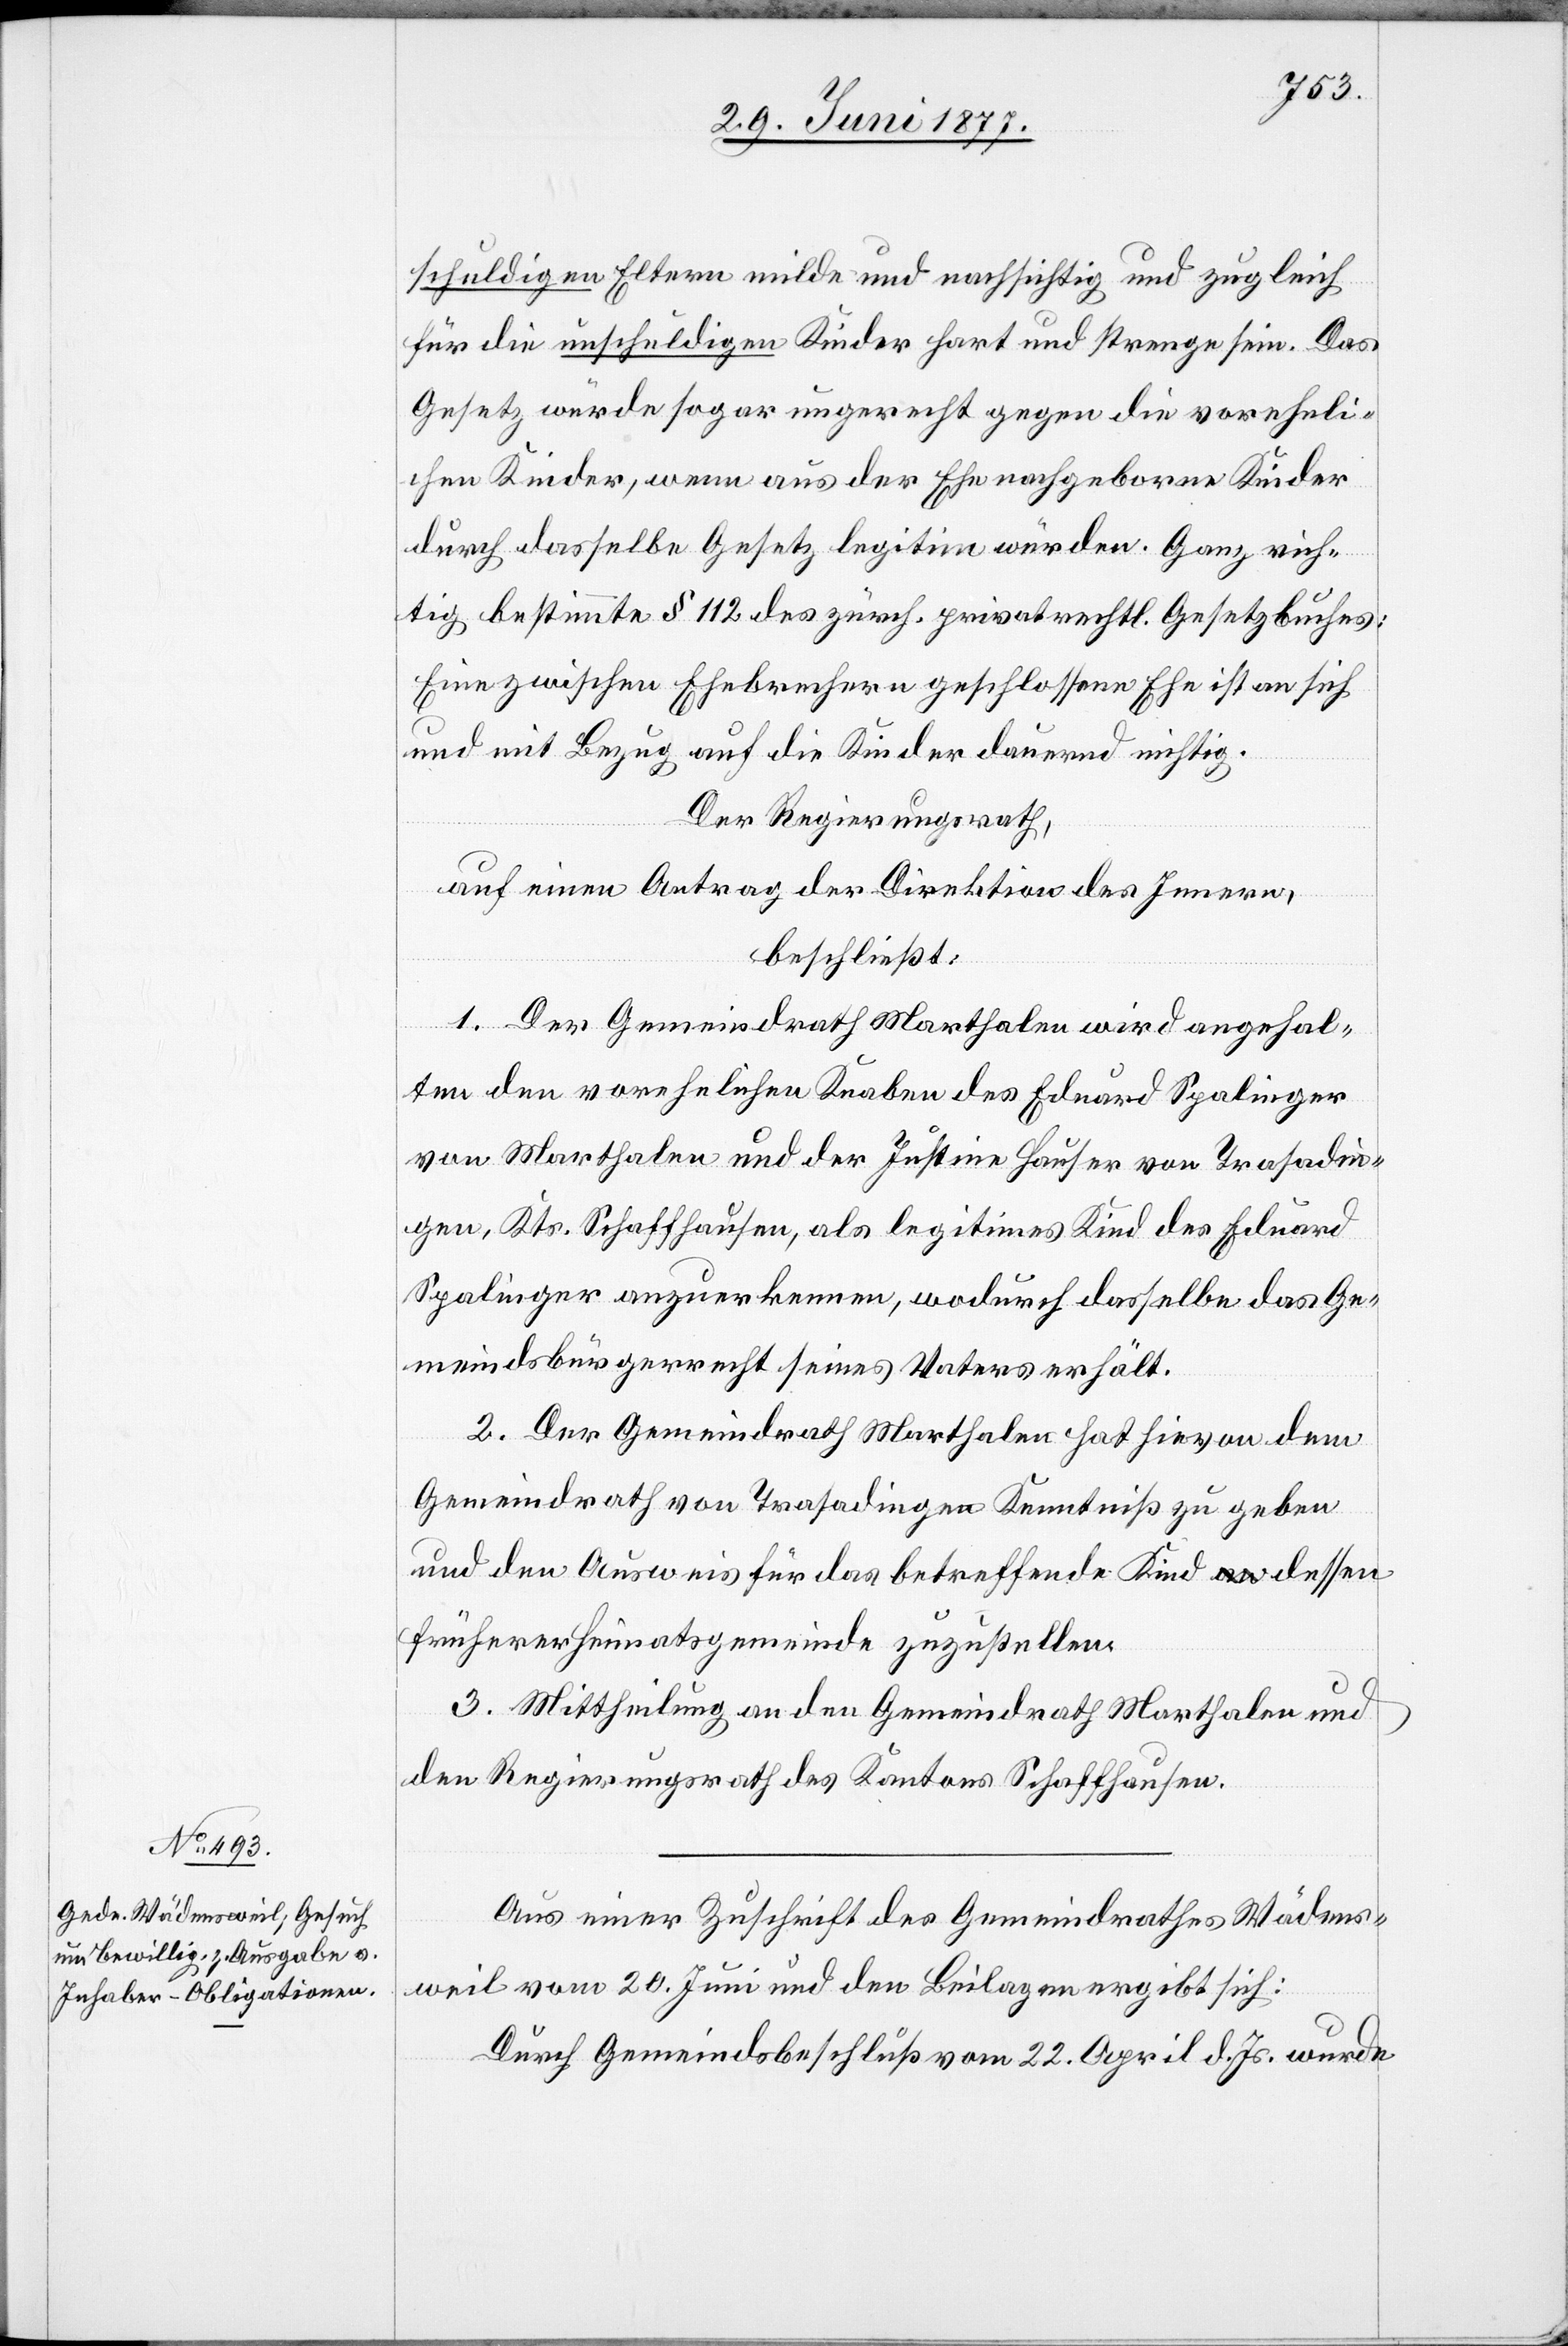
schuldigen Eltern milde und nachsichtig und zugleich
für die unschuldigen Kinder hart und strenge sein. Das
Gesetz würde sogar ungerecht gegen die voreheli¬
chen Kinder, wenn aus der Ehe nachgeborne Kinder
durch dasselbe Gesetz legitim würden. Ganz rich¬
tig bestimmte § 112 des zürch. privatrechtl. Gesetzbuches:
Eine zwischen Ehebrechern geschlossene Ehe ist an sich
und mit Bezug auf die Kinder dauernd nichtig.
Der Regierungsrath,
auf einen Antrag der Direktion des Innern,
beschließt:
1. Der Gemeindrath Marthalen wird angehal¬
ten den vorehelichen Knaben des Eduard Spalinger
von Marthalen und der Justine [sic!] Hauser von Trasadin¬
gen, Kts. Schaffhausen, als legitimes Kind des Eduard
Spalinger anzuerkennen, wodurch dasselbe das Ge¬
meindsbürgerrecht seines Vaters erhält.
2. Der Gemeindrath Marthalen hat hievon dem
Gemeindrath von Trasadingen Kenntniß zu geben
und den Ausweis für das betreffende Kind dessen
früherer Heimatsgemeinde zuzustellen.
3. Mittheilung an den Gemeindrath Marthalen und
den Regierungsrath des Kantons Schaffhausen.
Aus einer Zuschrift des Gemeindrathes Wädens¬
weil vom 20. Juni und den Beilagen ergibt sich:
Durch Gemeindsbeschluß vom 22. April d. Js. wurde